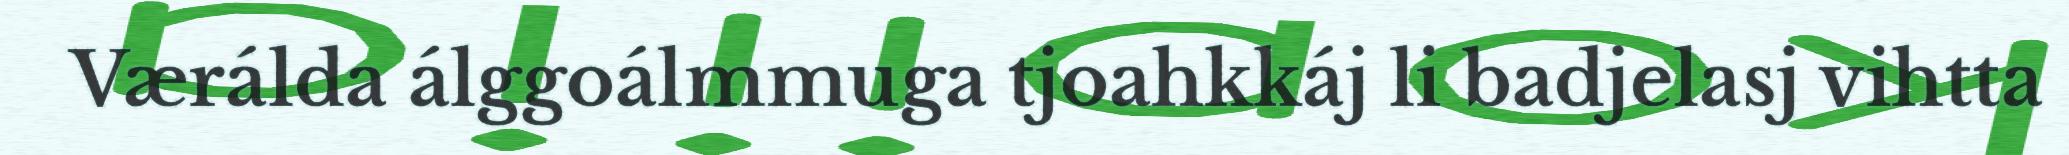
Værálda álggoálmmuga tjoahkkáj li badjelasj vihtta